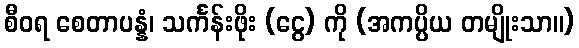
စီဝရ စေတာပန္နံ၊ သင်္ကန်းဖိုး (ငွေ) ကို (အကပ္ပိယ တမျိုးသာ။)